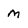
Character: m